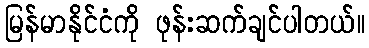
မြန်မာနိုင်ငံကို ဖုန်းဆက်ချင်ပါတယ်။